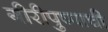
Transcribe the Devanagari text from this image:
गीरीपुष्पाची